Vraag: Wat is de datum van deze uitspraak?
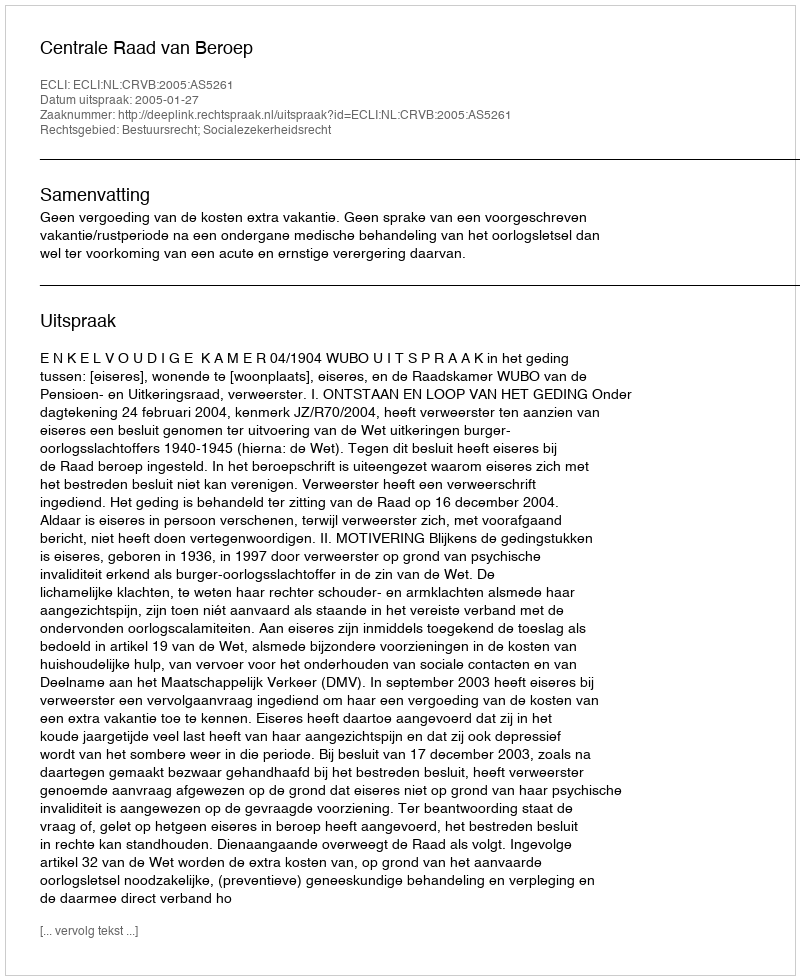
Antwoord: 2005-01-27